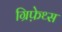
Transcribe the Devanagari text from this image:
ग्रिफ़ेथ्स